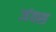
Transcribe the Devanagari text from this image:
जंक्स